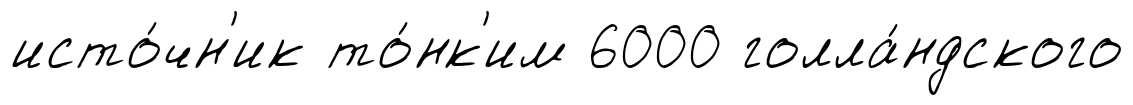
исто́чн'ик то́нк'им 6000 голла́ндского